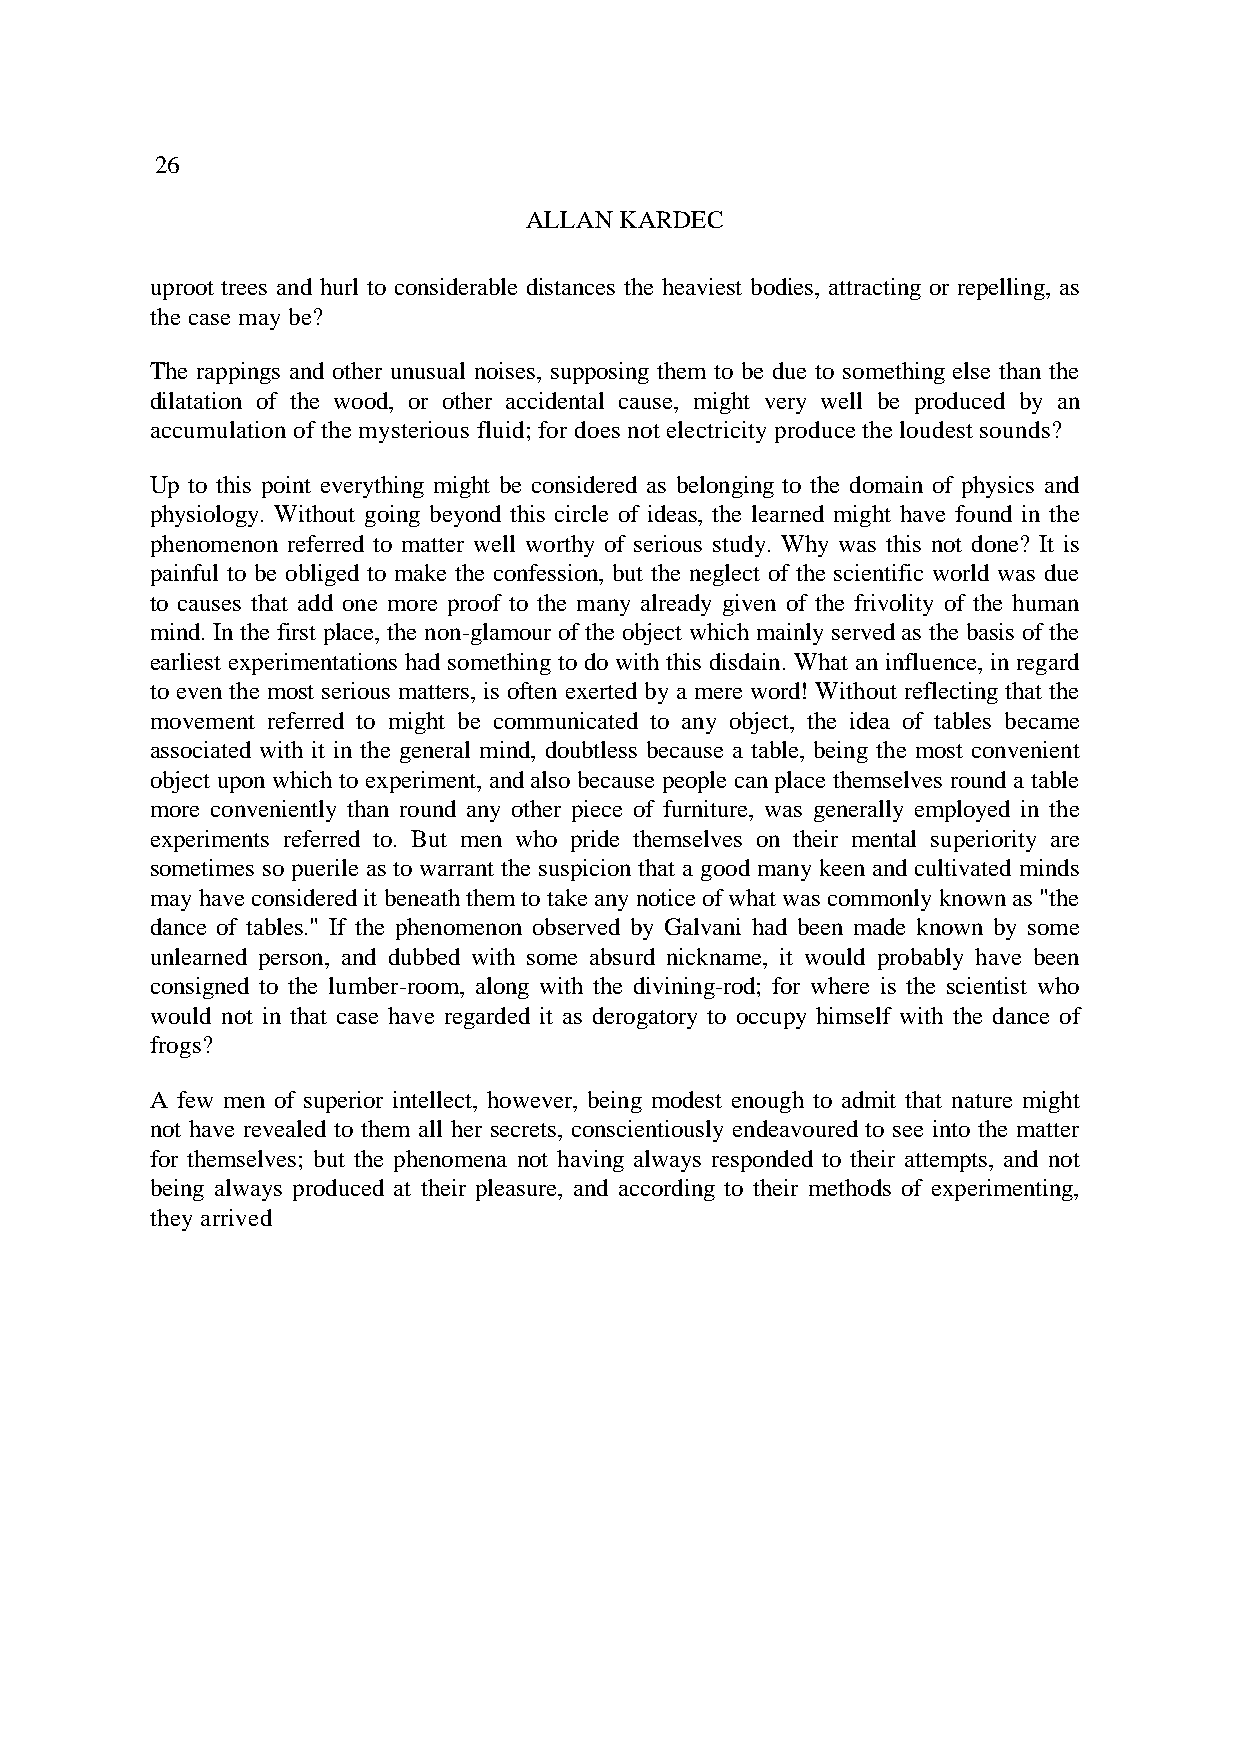
26
 ALLAN KARDEC
 uproot trees and hurl to considerable distances the heaviest bodies, attracting or repelling, as
 the case may be?
 The rappings and other unusual noises, supposing them to be due to something else than the
 dilatation of the wood, or other accidental cause, might very well be produced by an
 accumulation of the mysterious fluid; for does not electricity produce the loudest sounds?
 Up to this point everything might be considered as belonging to the domain of physics and
 physiology. Without going beyond this circle of ideas, the learned might have found in the
 phenomenon referred to matter well worthy of serious study. Why was this not done? It is
 painful to be obliged to make the confession, but the neglect of the scientific world was due
 to causes that add one more proof to the many already given of the frivolity of the human
 mind. In the first place, the non-glamour of the object which mainly served as the basis of the
 earliest experimentations had something to do with this disdain. What an influence, in regard
 to even the most serious matters, is often exerted by a mere word! Without reflecting that the
 movement referred to might be communicated to any object, the idea of tables became
 associated with it in the general mind, doubtless because a table, being the most convenient
 object upon which to experiment, and also because people can place themselves round a table
 more conveniently than round any other piece of furniture, was generally employed in the
 experiments referred to. But men who pride themselves on their mental superiority are
 sometimes so puerile as to warrant the suspicion that a good many keen and cultivated minds
 may have considered it beneath them to take any notice of what was commonly known as "the
 dance of tables." If the phenomenon observed by Galvani had been made known by some
 unlearned person, and dubbed with some absurd nickname, it would probably have been
 consigned to the lumber-room, along with the divining-rod; for where is the scientist who
 would not in that case have regarded it as derogatory to occupy himself with the dance of
 frogs?
 A few men of superior intellect, however, being modest enough to admit that nature might
 not have revealed to them all her secrets, conscientiously endeavoured to see into the matter
 for themselves; but the phenomena not having always responded to their attempts, and not
 being always produced at their pleasure, and according to their methods of experimenting,
 they arrived